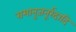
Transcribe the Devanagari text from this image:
रामानुजनूर्रदादि